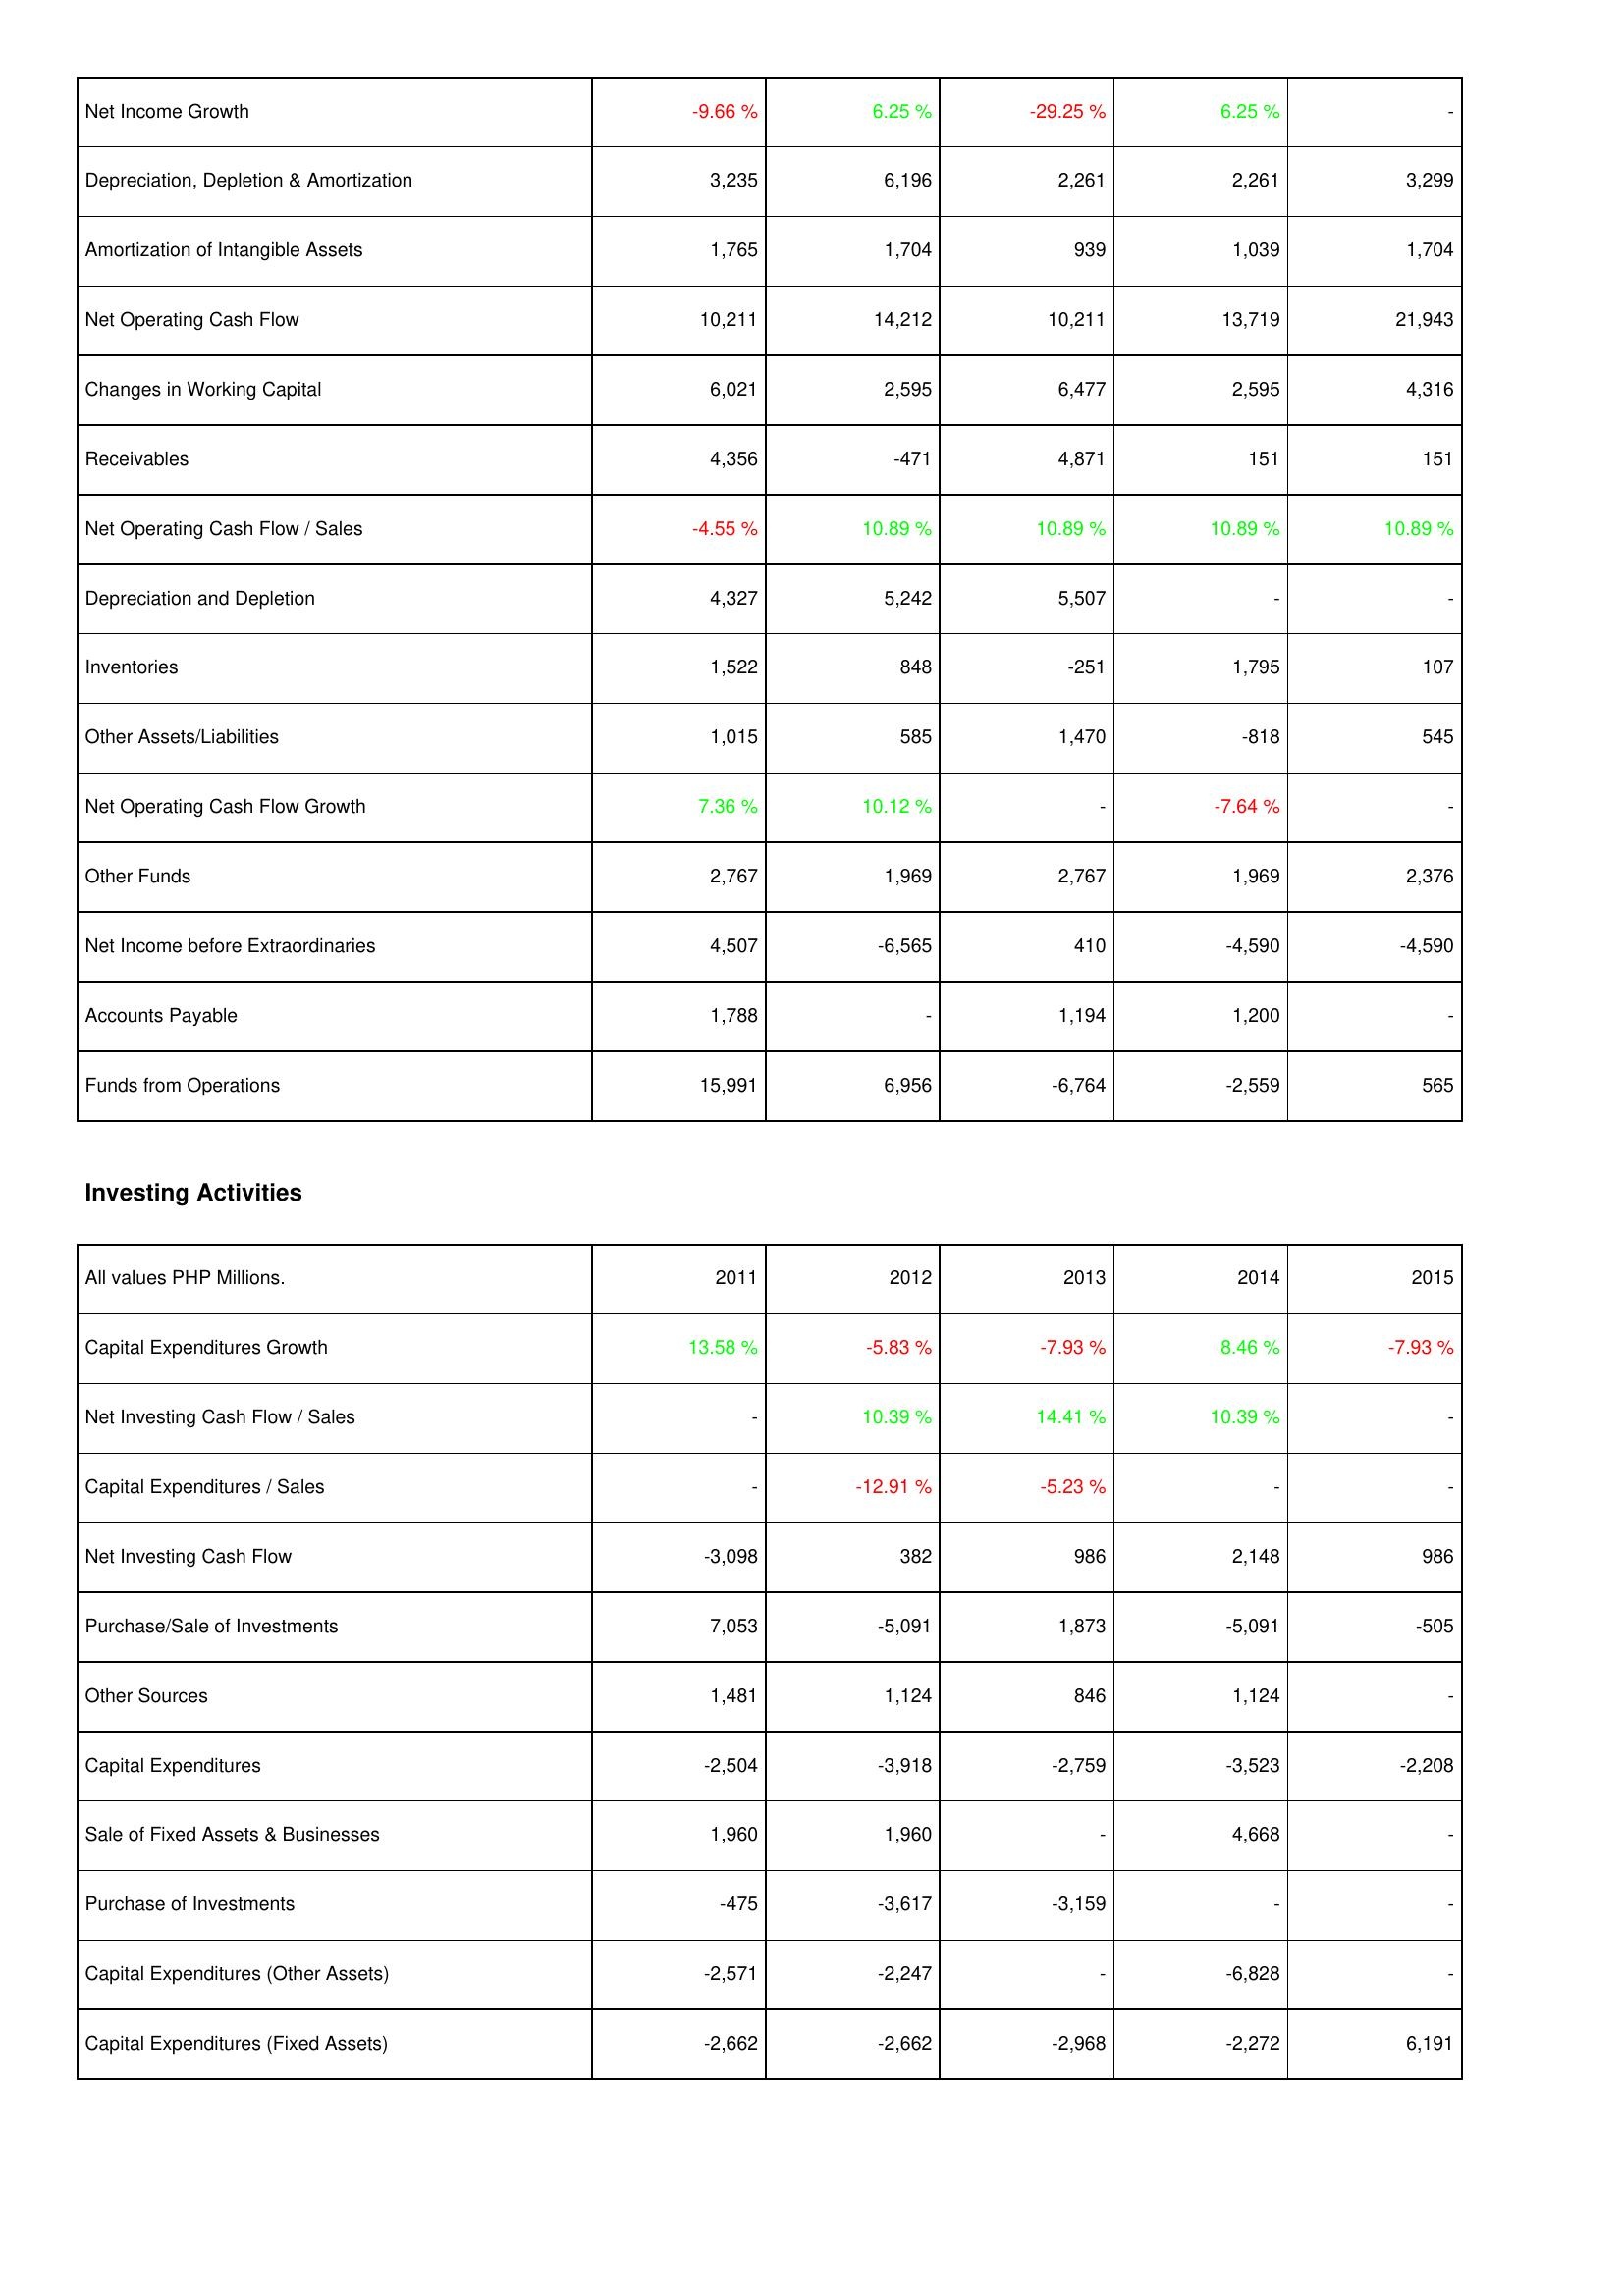
2011: Operating Activities: Net Income Growth: -9.66 %
Depreciation, Depletion & Amortization: 3,235
Amortization of Intangible Assets: 1,765
Net Operating Cash Flow: 10,211
Changes in Working Capital: 6,021
Receivables: 4,356
Net Operating Cash Flow / Sales: -4.55 %
Depreciation and Depletion: 4,327
Inventories: 1,522
Other Assets/Liabilities: 1,015
Net Operating Cash Flow Growth: 7.36 %
Other Funds: 2,767
Net Income before Extraordinaries: 4,507
Accounts Payable: 1,788
Funds from Operations: 15,991
Investing Activities: Capital Expenditures Growth: 13.58 %
Net Investing Cash Flow / Sales: -
Capital Expenditures / Sales: -
Net Investing Cash Flow: -3,098
Purchase/Sale of Investments: 7,053
Other Sources: 1,481
Capital Expenditures: -2,504
Sale of Fixed Assets & Businesses: 1,960
Purchase of Investments: -475
Capital Expenditures (Other Assets): -2,571
Capital Expenditures (Fixed Assets): -2,662
2012: Operating Activities: Net Income Growth: 6.25 %
Depreciation, Depletion & Amortization: 6,196
Amortization of Intangible Assets: 1,704
Net Operating Cash Flow: 14,212
Changes in Working Capital: 2,595
Receivables: -471
Net Operating Cash Flow / Sales: 10.89 %
Depreciation and Depletion: 5,242
Inventories: 848
Other Assets/Liabilities: 585
Net Operating Cash Flow Growth: 10.12 %
Other Funds: 1,969
Net Income before Extraordinaries: -6,565
Accounts Payable: -
Funds from Operations: 6,956
Investing Activities: Capital Expenditures Growth: -5.83 %
Net Investing Cash Flow / Sales: 10.39 %
Capital Expenditures / Sales: -12.91 %
Net Investing Cash Flow: 382
Purchase/Sale of Investments: -5,091
Other Sources: 1,124
Capital Expenditures: -3,918
Sale of Fixed Assets & Businesses: 1,960
Purchase of Investments: -3,617
Capital Expenditures (Other Assets): -2,247
Capital Expenditures (Fixed Assets): -2,662
2013: Operating Activities: Net Income Growth: -29.25 %
Depreciation, Depletion & Amortization: 2,261
Amortization of Intangible Assets: 939
Net Operating Cash Flow: 10,211
Changes in Working Capital: 6,477
Receivables: 4,871
Net Operating Cash Flow / Sales: 10.89 %
Depreciation and Depletion: 5,507
Inventories: -251
Other Assets/Liabilities: 1,470
Net Operating Cash Flow Growth: -
Other Funds: 2,767
Net Income before Extraordinaries: 410
Accounts Payable: 1,194
Funds from Operations: -6,764
Investing Activities: Capital Expenditures Growth: -7.93 %
Net Investing Cash Flow / Sales: 14.41 %
Capital Expenditures / Sales: -5.23 %
Net Investing Cash Flow: 986
Purchase/Sale of Investments: 1,873
Other Sources: 846
Capital Expenditures: -2,759
Sale of Fixed Assets & Businesses: -
Purchase of Investments: -3,159
Capital Expenditures (Other Assets): -
Capital Expenditures (Fixed Assets): -2,968
2014: Operating Activities: Net Income Growth: 6.25 %
Depreciation, Depletion & Amortization: 2,261
Amortization of Intangible Assets: 1,039
Net Operating Cash Flow: 13,719
Changes in Working Capital: 2,595
Receivables: 151
Net Operating Cash Flow / Sales: 10.89 %
Depreciation and Depletion: -
Inventories: 1,795
Other Assets/Liabilities: -818
Net Operating Cash Flow Growth: -7.64 %
Other Funds: 1,969
Net Income before Extraordinaries: -4,590
Accounts Payable: 1,200
Funds from Operations: -2,559
Investing Activities: Capital Expenditures Growth: 8.46 %
Net Investing Cash Flow / Sales: 10.39 %
Capital Expenditures / Sales: -
Net Investing Cash Flow: 2,148
Purchase/Sale of Investments: -5,091
Other Sources: 1,124
Capital Expenditures: -3,523
Sale of Fixed Assets & Businesses: 4,668
Purchase of Investments: -
Capital Expenditures (Other Assets): -6,828
Capital Expenditures (Fixed Assets): -2,272
2015: Operating Activities: Net Income Growth: -
Depreciation, Depletion & Amortization: 3,299
Amortization of Intangible Assets: 1,704
Net Operating Cash Flow: 21,943
Changes in Working Capital: 4,316
Receivables: 151
Net Operating Cash Flow / Sales: 10.89 %
Depreciation and Depletion: -
Inventories: 107
Other Assets/Liabilities: 545
Net Operating Cash Flow Growth: -
Other Funds: 2,376
Net Income before Extraordinaries: -4,590
Accounts Payable: -
Funds from Operations: 565
Investing Activities: Capital Expenditures Growth: -7.93 %
Net Investing Cash Flow / Sales: -
Capital Expenditures / Sales: -
Net Investing Cash Flow: 986
Purchase/Sale of Investments: -505
Other Sources: -
Capital Expenditures: -2,208
Sale of Fixed Assets & Businesses: -
Purchase of Investments: -
Capital Expenditures (Other Assets): -
Capital Expenditures (Fixed Assets): 6,191